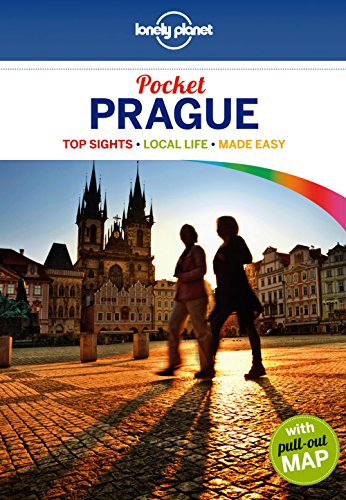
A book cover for Lonely Planet Pocket Prague (Travel Guide); Lonely Planet; Travel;